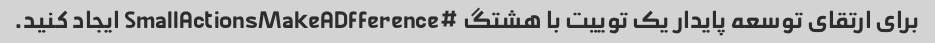
برای ارتقای توسعه پایدار یک توییت با هشتگ #SmallActionsMakeADfference ایجاد کنید.